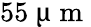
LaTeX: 55~\upmu\mathrm{~m~}